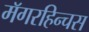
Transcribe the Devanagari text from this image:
मॅगरहिन्चस